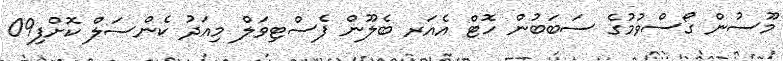
މޫސުން ގޯސްވުމުގެ ސަބަބުން ހޮޓް އެއަރ ބެލޫން ފެސްޓިވަލް މިއަދު ކެންސަލް ކޮށްފި09